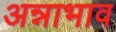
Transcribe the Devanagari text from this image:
अन्नाभाव